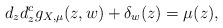
LaTeX: \begin{align*}d_{z}d^{c}_{z}g_{X,\mu}(z,w)+ \delta_{w}(z)=\mu(z),\end{align*}